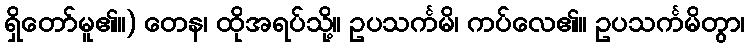
ရှိတော်မူ၏။) တေန၊ ထိုအရပ်သို့။ ဥပသင်္ကမိ၊ ကပ်လေ၏။ ဥပသင်္ကမိတွာ၊